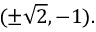
( \pm { \sqrt { 2 } } , - 1 ) .